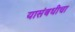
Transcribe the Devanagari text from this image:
यासंबधीचा